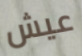
عيش